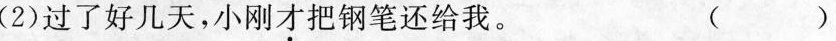
(2)过了好几天，小刚才把钢笔还给我。 （）